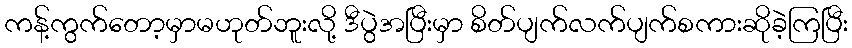
ကန့်ကွက်တော့မှာမဟုတ်ဘူးလို့ ဒီပွဲအပြီးမှာ စိတ်ပျက်လက်ပျက်စကားဆိုခဲ့ကြပြီး